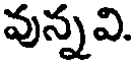
వున్నవి.